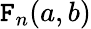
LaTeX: \mathtt{F}_{n}(a,b)